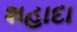
શહાદા